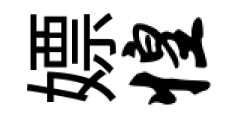
嫖惶